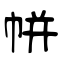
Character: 帡